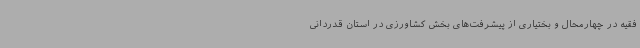
فقیه در چهارمحال و بختیاری از پیشرفت‌های بخش کشاورزی در استان قدردانی